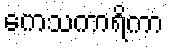
ကေသကာရိကာ